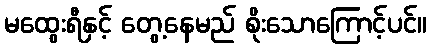
မထွေးရီနှင့် တွေ့နေမည် စိုးသောကြောင့်ပင်။